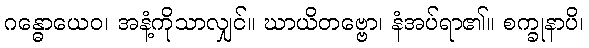
ဂန္ဓောယေဝ၊ အနံ့ကိုသာလျှင်။ ဃာယိတဗ္ဗော၊ နံအပ်ရာ၏။ စက္ခုနာပိ၊